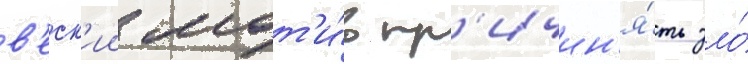
в'еск'ии мот'и́в пр'ичин'я́ть зло́